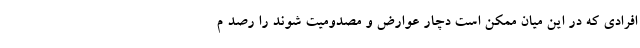
افرادی که در این میان ممکن است دچار عوارض و مصدومیت شوند را رصد م